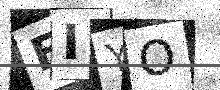
Text: FIYO